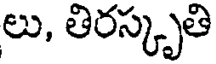
లు, తిరస్కృతి